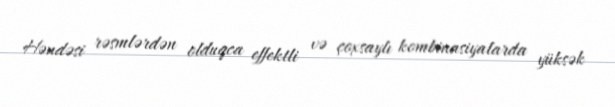
Həndəsi rəsmlərdən olduqca effektli və çoxsaylı kombinasiyalarda yüksək